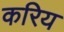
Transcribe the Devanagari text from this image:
करिय